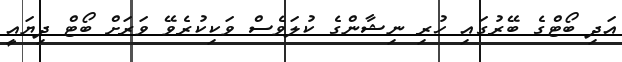
އަދި ބޯޓްގެ ބޭރުގައި ހުރި ނިޝާންގެ ކުލަވެސް ވަކިކުރެވޭ ވަރަށް ބޯޓް ދިޔައީ